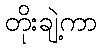
တိုးချဲ့ကာ